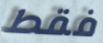
فقط